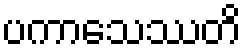
ပကာသေဿတိ